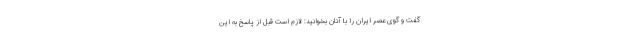
گفت و گوی عصر ایران را با آنان بخوانید: لازم است قبل از پاسخ به این